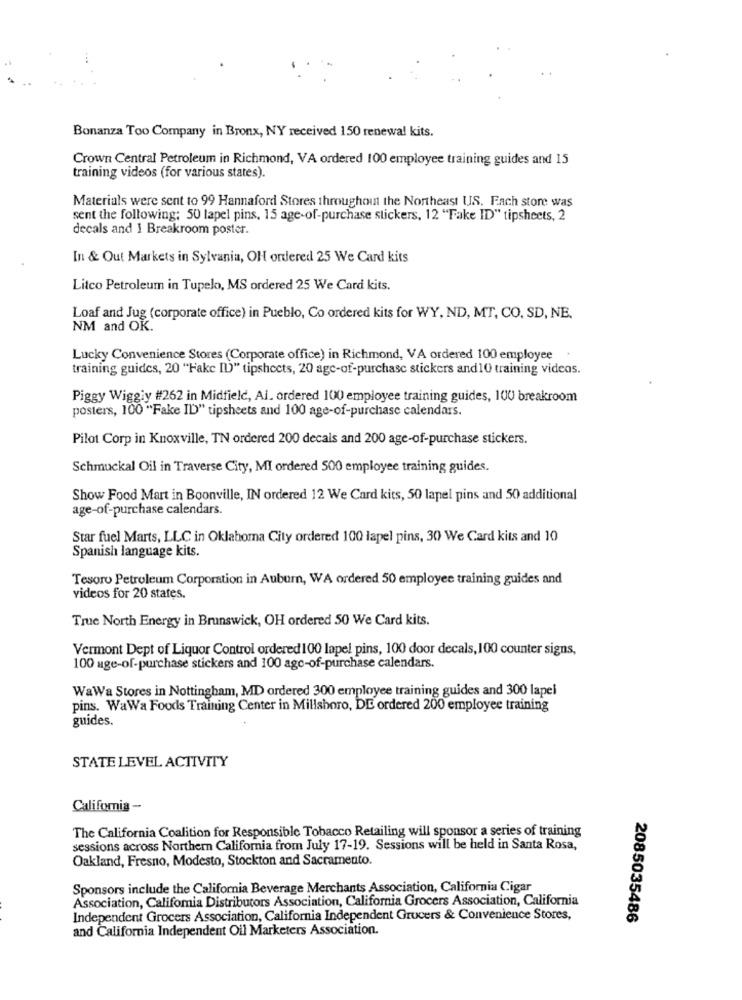
Bonanza Too Company in Bronx, NY received 150 renewal kits.
Crown Central Petroleum in Richmond, VA ordered 100 employee training guides and 15
training videos (for various states).
Materials were sent to 99 Hannaford Stores throughout the Northeast US. Fach store was
sent the following: 50 lapel pins, 15 age-of-purchase stickers, 12 "Fake ID" tipsheets, 2
decals and I Breakroom poster.
In & Out Markets in Sylvania, OH ordered 25 We Card kits
Litco Petroleum in Tupelo, MS ordered 25 We Card kits.
Loaf and Jug (corporate office) in Pueblo, Co ordered kits for WY, ND, MT, CO, SD, NE.
NM and OK.
Lucky Convenience Stores (Corporate office) in Richmond, VA ordered 100 employee
training guides, 20 "Fake ID" tipsheets, 20 age-of-purchase stickers and10 training videos.
Piggy Wiggiy #262 in Midfield, Al. ordered 100 employee training guides, 100 breakroom
posters, 100 "Fake ID" tipsheets and 100 age-of-purchase calendars.
Pilot Corp in Knoxville, TN ordered 200 decals and 200 age-of-purchase stickers.
Schmuckal Oil in Traverse City, MI ordered 500 employee training guides.
Show Food Mart in Boonville, IN ordered 12 We Card kits, 50 lapel pins and 50 additional
age-of-purchase calendars.
Star fuel Marts, LLC in Oklahoma City ordered 100 lapel pins, 30 We Card kits and 10
Spanish language kits.
Tesoro Petroleum Corporation in Auburn, WA ordered 50 employee training guides and
videos for 20 states.
True North Energy in Brunswick, OH ordered 50 We Card kits.
Vermont Dept of Liquor Control ordered100 lapel pins, 100 door decals, 100 counter signs,
100 age-of-purchase stickers and 100 age-of-purchase calendars.
WaWa Stores in Nottingham, MD ordered 300 employee training guides and 300 lapel
pins. WaWa Foods Training Center in Millsboro, DE ordered 200 employee training
guides.
STATE LEVEL ACTIVITY
California -
The California Coalition for Responsible Tobacco Retailing will sponsor a series of training
sessions across Northern California from July 17-19. Sessions will be held in Santa Rosa,
Oakland, Fresno, Modesto, Stockton and Sacramento.
Sponsors include the California Beverage Merchants Association, California Cigar
Association, California Distributors Association, California Grocers Association, California
Independent Grocers Association, California Independent Grucers & Convenience Stores,
2085035486
and California Independent Oil Marketers Association.